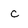
Character: c